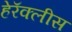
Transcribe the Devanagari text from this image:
हेरॅक्लीस